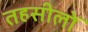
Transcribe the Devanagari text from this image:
तहसीलोँ